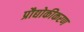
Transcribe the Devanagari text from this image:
प्रौद्योकीकरण